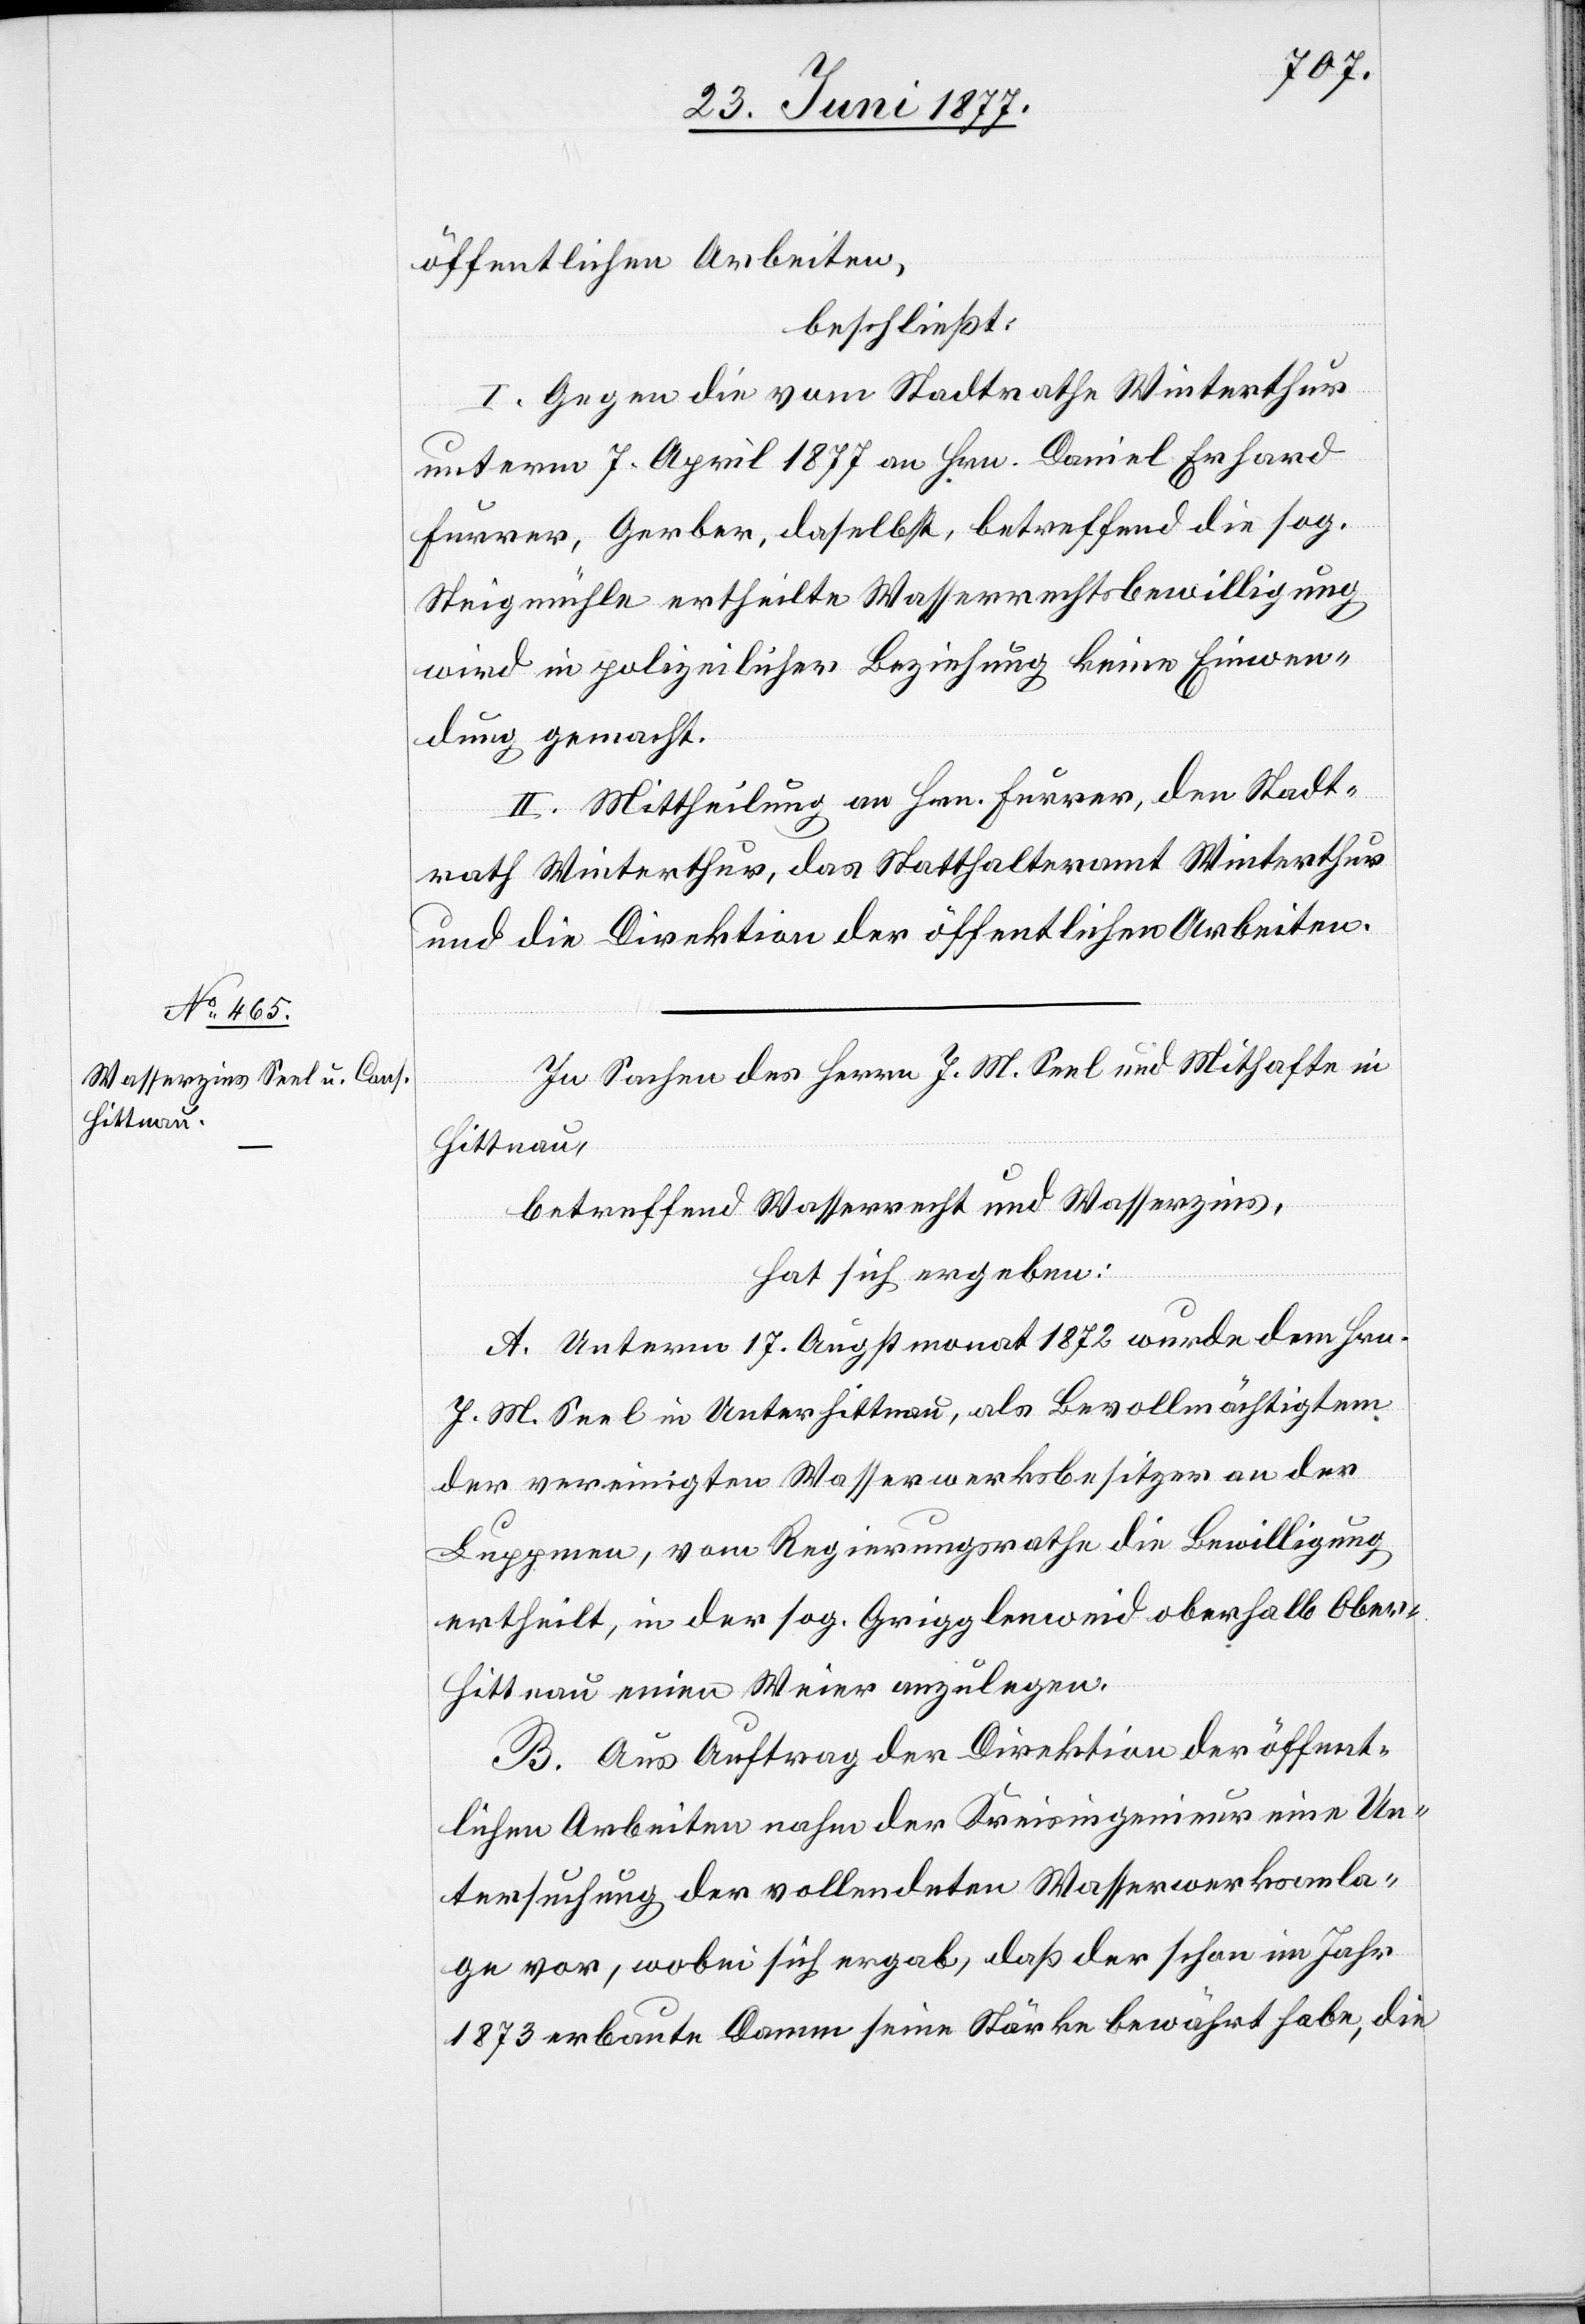
öffentlichen Arbeiten,
beschließt:
I. Gegen die vom Stadtrathe Winterthur
unterm 7. April 1877 an Hrn. Daniel Erhard
Furrer, Gerber, daselbst, betreffend die sog.
Steigmühle ertheilte Wasserrechtsbewilligung
wird in polizeilicher Beziehung keine Einwen¬
dung gemacht.
II. Mittheilung an Hrn. Furrer, den Stadt¬
rath Winterthur, das Statthalteramt Winterthur
und die Direktion der öffentlichen Arbeiten.
In Sachen des Herren J. M. Seel und Mithafte in
Hittnau,
betreffend Wasserrecht und Wasserzins,
hat sich ergeben:
A. Unterm 17. Augstmonat 1872 wurde dem Hr.
J. M. Seel in Unterhittnau, als Bevollmächtigtem
der vereinigten Wasserwerksbesitzer an der
Luppmen, vom Regierungsrathe die Bewilligung
ertheilt, in der sog. Grigglenweid oberhalb Ober-H¬
ittnau einen Weier anzulegen.
B. Aus Auftrag der Direktion der öffent¬
lichen Arbeiten nahm der Kreisingenieur eine Un¬
tersuchung der vollendeten Wasserwerksanla¬
ge vor, wobei sich ergab, daß der schon im Jahr
1873 erbaute Damm seine Stärke bewährt habe, die